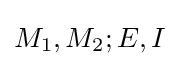
M_{1},M_{2};E,I